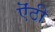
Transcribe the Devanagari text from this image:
ऎंठी